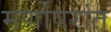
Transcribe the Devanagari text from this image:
मर्णोपरांत